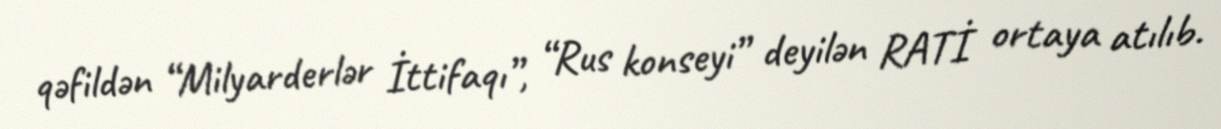
qəfildən “Milyarderlər İttifaqı”, “Rus konseyi” deyilən RATİ ortaya atılıb.